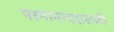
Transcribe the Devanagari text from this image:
परमानन्ददासजी